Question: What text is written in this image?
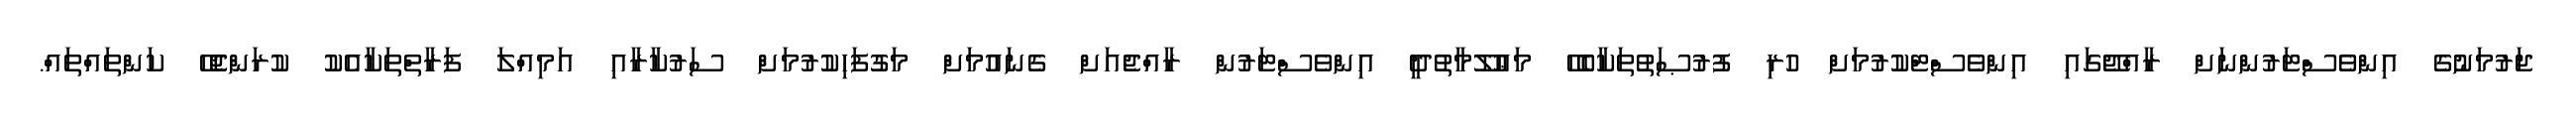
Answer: ޖަރުމަނުގެ އިންވެސްޓަރުންނަށް ރާއްޖޭގައި އިންވެސްޓްކުރުމަށް ހުރި ފުރުޞަތުތަކާބެހޭ މަޢުލޫމާތުދީ އިންވެސްޓަރުން ރާއްޖެއަށް ގެނައުމަށް މަގުފަހިކުރުމަށް ސަރުކާރާއި އަމިއްލަ ފަރާތްތަކާއެކު ކުރަންޖެހޭ ކަންތައްތައް.